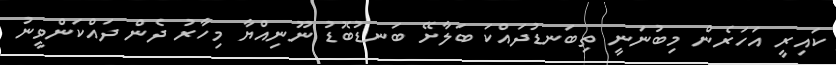
ކައިރީ އަހަރެން މިބުނަނީ ތިބަނޑުދައްކަ ބަލާށޭ ބަނޑުބޮޑު ނޫނިއްޔާ މިހާރު ދެން ދައްކަންވީނު